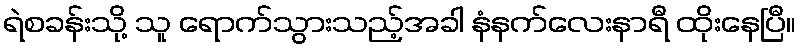
ရဲစခန်းသို့ သူ ရောက်သွားသည့်အခါ နံနက်လေးနာရီ ထိုးနေပြီ။